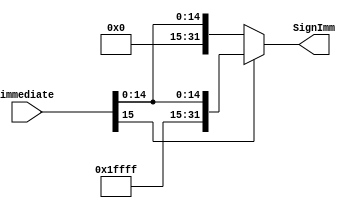
`default_nettype none
module sign_extend #(
    parameter input_bus =16,
    parameter output_bus=32
) (
    input wire [input_bus-1:0]immediate ,
    output wire [output_bus-1:0]SignImm
);
    
    assign SignImm=immediate[input_bus-1]?{{(output_bus-input_bus){1'b1}},immediate}:{{(output_bus-input_bus){1'b0}},immediate};

endmodule